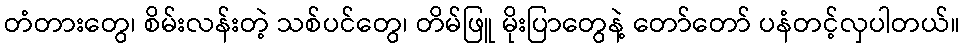
တံတားတွေ၊ စိမ်းလန်းတဲ့ သစ်ပင်တွေ၊ တိမ်ဖြူ မိုးပြာတွေနဲ့ တော်တော် ပနံတင့်လှပါတယ်။